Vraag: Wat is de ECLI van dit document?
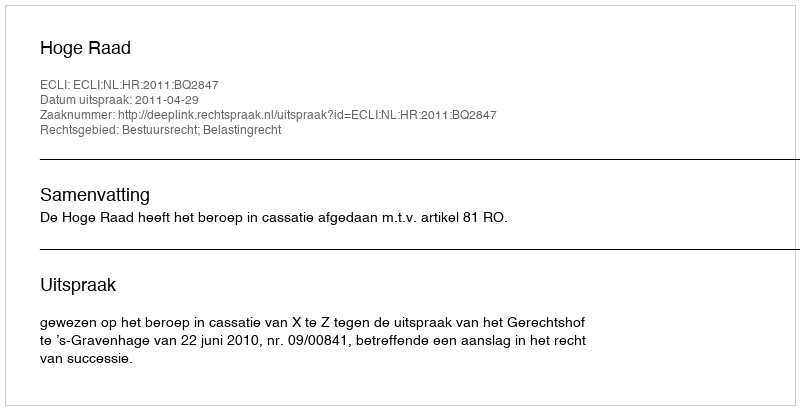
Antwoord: ECLI:NL:HR:2011:BQ2847